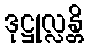
ဒုဋ္ဌုလ္လန္တိ